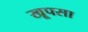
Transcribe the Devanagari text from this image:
खूपसा